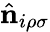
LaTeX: \hat{\mathbf n}_{i\rho\sigma}